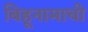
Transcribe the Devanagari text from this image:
बिहूनामाची